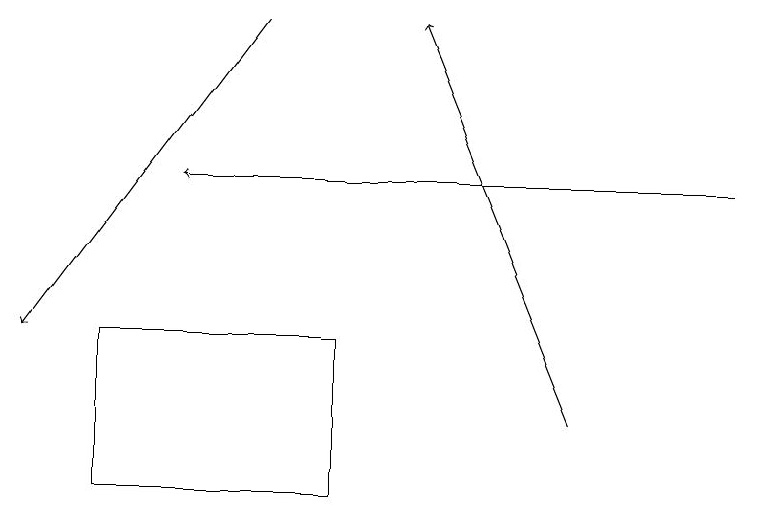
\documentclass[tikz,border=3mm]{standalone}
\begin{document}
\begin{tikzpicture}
\draw[->] (7,11) -- (5,16);
\draw[->] (3,16) -- (0,12);
\draw (1,10) rectangle (4,12);
\draw[->] (9,14) -- (2,14);
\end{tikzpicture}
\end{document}